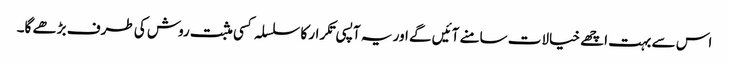
اس سے بہت اچھے خیالات سامنے آئیں گے اور یہ آپسی تکرار کا سلسلہ کسی مثبت روش کی طرف بڑھے گا۔